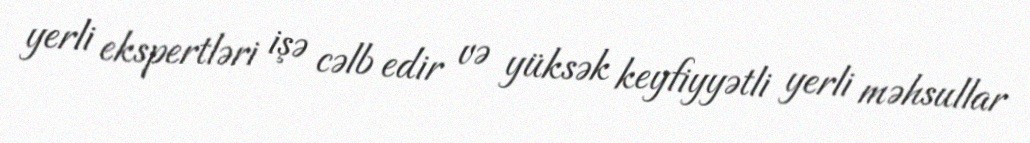
yerli ekspertləri işə cəlb edir və yüksək keyfiyyətli yerli məhsullar